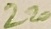
Text: 220